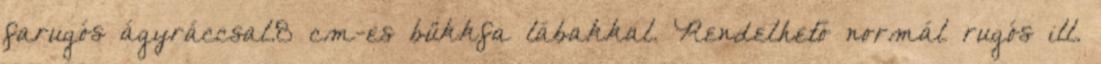
farugós ágyráccsal.8 cm-es bükkfa lábakkal. Rendelhető normál rugós ill.